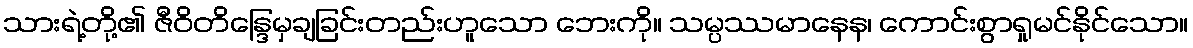
သားရဲ့တို့၏ ဇီဝိတိန္ဒြေမှချခြင်းတည်းဟူသော ဘေးကို။ သမ္ပဿမာနေန၊ ကောင်းစွာရှုမင်နိုင်သော။